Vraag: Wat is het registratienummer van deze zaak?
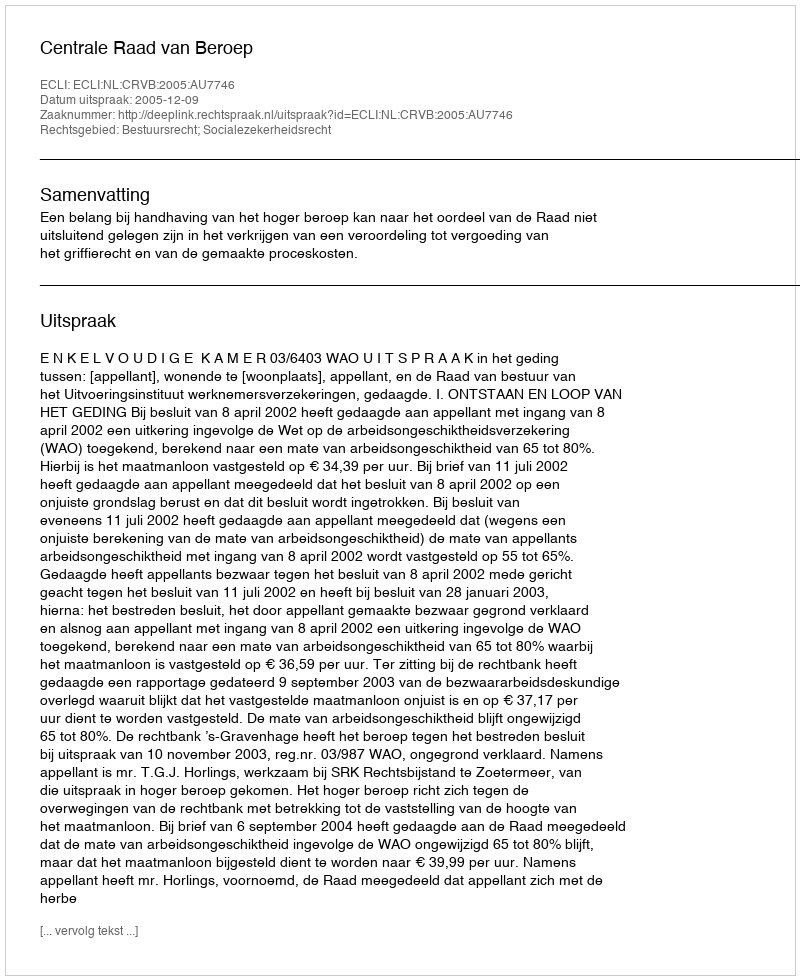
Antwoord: http://deeplink.rechtspraak.nl/uitspraak?id=ECLI:NL:CRVB:2005:AU7746